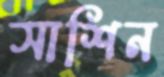
সাশিন